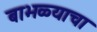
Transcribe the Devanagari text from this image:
बाभळ्याचा